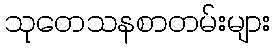
သုတေသနစာတမ်းများ